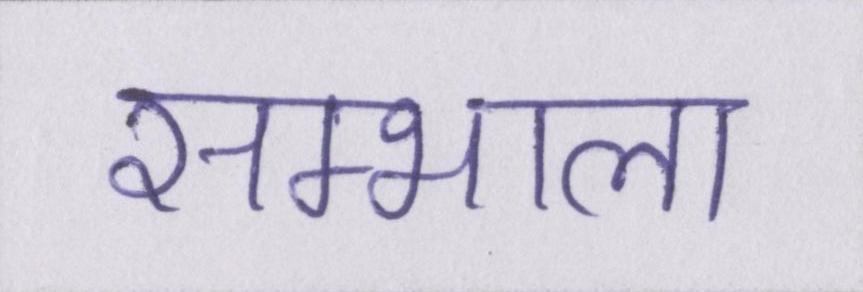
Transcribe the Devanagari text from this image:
सम्भाला